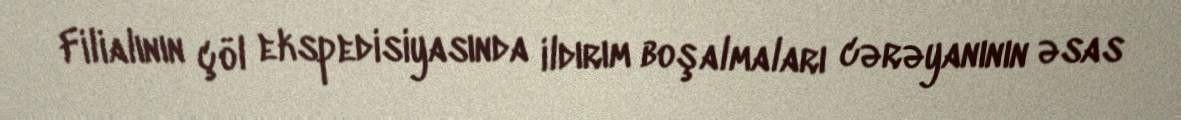
Filialının çöl ekspedisiyasında ildırım boşalmaları cərəyanının əsas